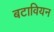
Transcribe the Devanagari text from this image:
बटावियन